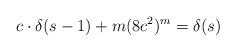
LaTeX: \begin{align*}c\cdot\delta(s-1)+m(8c^{2})^{m} = \delta(s)\end{align*}